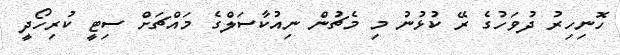
ހޮނިހިރު ދުވަހުގެ ރޭ ކުޅުނު މި މެޗުން ނިއުކާސަލްގެ މައްޗަށް ސިޓީ ކުރިހޯދީ